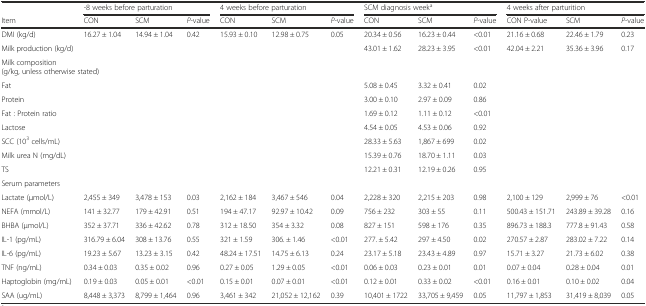
<table><thead><tr><td></td><td colspan="3"><b>-8 weeks before parturation</b></td><td colspan="3"><b>4 weeks before parturation</b></td><td colspan="3"><b>SCM diagnosis week<sup>a</sup></b></td><td colspan="3"><b>4 weeks after parturition</b></td></tr><tr><td><b>Item</b></td><td><b>CON</b></td><td><b>SCM</b></td><td><b><i>P</i>-value</b></td><td><b>CON</b></td><td><b>SCM</b></td><td><b><i>P</i>-value</b></td><td><b>CON</b></td><td><b>SCM</b></td><td><b><i>P</i>-value</b></td><td><b>CON P-value</b></td><td><b>SCM</b></td><td><b><i>P</i>-value</b></td></tr></thead><tbody><tr><td>DMI (kg/d)</td><td>16.27 ± 1.04</td><td>14.94 ± 1.04</td><td>0.42</td><td>15.93 ± 0.10</td><td>12.98 ± 0.75</td><td>0.05</td><td>20.34 ± 0.56</td><td>16.23 ± 0.44</td><td>&lt;0.01</td><td>21.16 ± 0.68</td><td>22.46 ± 1.79</td><td>0.23</td></tr><tr><td>Milk production (kg/d)</td><td></td><td></td><td></td><td></td><td></td><td></td><td>43.01 ± 1.62</td><td>28.23 ± 3.95</td><td>&lt;0.01</td><td>42.04 ± 2.21</td><td>35.36 ± 3.96</td><td>0.17</td></tr><tr><td colspan="3">Milk composition (g/kg, unless otherwise stated)</td><td></td><td></td><td></td><td></td><td></td><td></td><td></td><td></td><td></td><td></td></tr><tr><td>Fat</td><td></td><td></td><td></td><td></td><td></td><td></td><td>5.08 ± 0.45</td><td>3.32 ± 0.41</td><td>0.02</td><td></td><td></td><td></td></tr><tr><td>Protein</td><td></td><td></td><td></td><td></td><td></td><td></td><td>3.00 ± 0.10</td><td>2.97 ± 0.09</td><td>0.86</td><td></td><td></td><td></td></tr><tr><td>Fat : Protein ratio</td><td></td><td></td><td></td><td></td><td></td><td></td><td>1.69 ± 0.12</td><td>1.11 ± 0.12</td><td>&lt;0.01</td><td></td><td></td><td></td></tr><tr><td>Lactose</td><td></td><td></td><td></td><td></td><td></td><td></td><td>4.54 ± 0.05</td><td>4.53 ± 0.06</td><td>0.92</td><td></td><td></td><td></td></tr><tr><td>SCC (10<sup>3</sup> cells/mL)</td><td></td><td></td><td></td><td></td><td></td><td></td><td>28.33 ± 5.63</td><td>1,867 ± 699</td><td>0.02</td><td></td><td></td><td></td></tr><tr><td>Milk urea N (mg/dL)</td><td></td><td></td><td></td><td></td><td></td><td></td><td>15.39 ± 0.76</td><td>18.70 ± 1.11</td><td>0.03</td><td></td><td></td><td></td></tr><tr><td>TS</td><td></td><td></td><td></td><td></td><td></td><td></td><td>12.21 ± 0.31</td><td>12.19 ± 0.26</td><td>0.95</td><td></td><td></td><td></td></tr><tr><td>Serum parameters</td><td></td><td></td><td></td><td></td><td></td><td></td><td></td><td></td><td></td><td></td><td></td><td></td></tr><tr><td>Lactate (μmol/L)</td><td>2,455 ± 349</td><td>3,478 ± 153</td><td>0.03</td><td>2,162 ± 184</td><td>3,467 ± 546</td><td>0.04</td><td>2,228 ± 320</td><td>2,215 ± 203</td><td>0.98</td><td>2,100 ± 129</td><td>2,999 ± 76</td><td>&lt;0.01</td></tr><tr><td>NEFA (mmol/L)</td><td>141 ± 32.77</td><td>179 ± 42.91</td><td>0.51</td><td>194 ± 47.17</td><td>92.97 ± 10.42</td><td>0.09</td><td>756 ± 232</td><td>303 ± 55</td><td>0.11</td><td>500.43 ± 151.71</td><td>243.89 ± 39.28</td><td>0.16</td></tr><tr><td>BHBA (μmol/L)</td><td>352 ± 37.71</td><td>336 ± 42.62</td><td>0.78</td><td>312 ± 18.50</td><td>354 ± 3.32</td><td>0.08</td><td>827 ± 151</td><td>598 ± 176</td><td>0.35</td><td>896.73 ± 188.3</td><td>777.8 ± 91.43</td><td>0.58</td></tr><tr><td>IL-1 (pg/mL)</td><td>316.79 ± 6.04</td><td>308 ± 13.76</td><td>0.55</td><td>321 ± 1.59</td><td>306. ± 1.46</td><td>&lt;0.01</td><td>277. ± 5.42</td><td>297 ± 4.50</td><td>0.02</td><td>270.57 ± 2.87</td><td>283.02 ± 7.22</td><td>0.14</td></tr><tr><td>IL-6 (pg/mL)</td><td>19.23 ± 5.67</td><td>13.23 ± 3.15</td><td>0.42</td><td>48.24 ± 17.51</td><td>14.75 ± 6.13</td><td>0.24</td><td>23.17 ± 5.18</td><td>23.43 ± 4.89</td><td>0.97</td><td>15.71 ± 3.27</td><td>21.73 ± 6.02</td><td>0.38</td></tr><tr><td>TNF (ng/mL)</td><td>0.34 ± 0.03</td><td>0.35 ± 0.02</td><td>0.96</td><td>0.27 ± 0.05</td><td>1.29 ± 0.05</td><td>&lt;0.01</td><td>0.06 ± 0.03</td><td>0.23 ± 0.01</td><td>0.01</td><td>0.07 ± 0.04</td><td>0.28 ± 0.04</td><td>0.01</td></tr><tr><td>Haptoglobin (mg/mL)</td><td>0.19 ± 0.03</td><td>0.05 ± 0.01</td><td>&lt;0.01</td><td>0.15 ± 0.01</td><td>0.07 ± 0.01</td><td>&lt;0.01</td><td>0.12 ± 0.01</td><td>0.33 ± 0.02</td><td>&lt;0.01</td><td>0.16 ± 0.01</td><td>0.10 ± 0.02</td><td>0.04</td></tr><tr><td>SAA (ug/mL)</td><td>8,448 ± 3,373</td><td>8,799 ± 1,464</td><td>0.96</td><td>3,461 ± 342</td><td>21,052 ± 12,162</td><td>0.39</td><td>10,401 ± 1722</td><td>33,705 ± 9,459</td><td>0.05</td><td>11,797 ± 1,853</td><td>31,419 ± 8,039</td><td>0.05</td></tr></tbody></table>